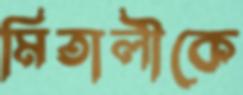
মিতালীকে